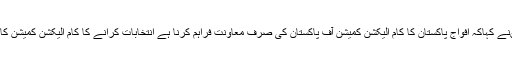
انہوںنے کہاکہ افواج پاکستان کا کام الیکشن کمیشن آف پاکستان کی صرف معاونت فراہم کرنا ہے انتخابات کرانے کا کام الیکشن کمیشن کا ہے۔